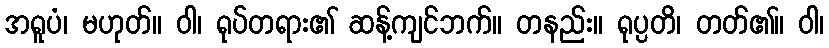
အရူပံ၊ မဟုတ်။ ဝါ၊ ရုပ်တရား၏ ဆန့်ကျင်ဘက်။ တနည်း။ ရုပ္ပတိ၊ တတ်၏။ ဝါ၊